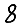
Digit: 8